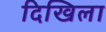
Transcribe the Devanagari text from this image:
दिखिला